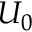
U _ { 0 }